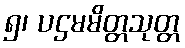
၅၊ ပဌမမိတ္တသုတ္တ